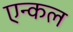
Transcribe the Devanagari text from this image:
एन्कल